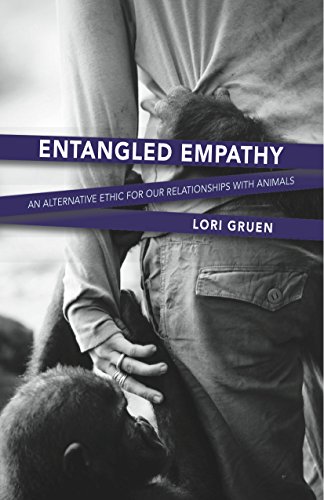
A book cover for Entangled Empathy: An Alternative Ethic for Our Relationships with Animals; Lori Gruen; Science & Math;